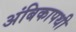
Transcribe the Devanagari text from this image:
अंबिकापथी